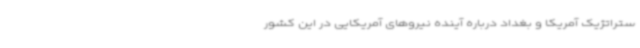
ستراتژیک آمریکا و بغداد درباره آینده نیروهای آمریکایی در این کشور